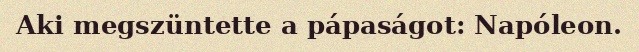
Aki megszüntette a pápaságot: Napóleon.